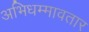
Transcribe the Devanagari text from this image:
अभिधम्मावतार